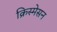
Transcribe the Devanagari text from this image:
क्रिस्मेसन